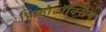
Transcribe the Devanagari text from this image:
प्रिक्रोटॉक्सिन